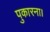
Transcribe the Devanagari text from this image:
पुकारना।